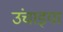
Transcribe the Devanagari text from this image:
उंचाइया